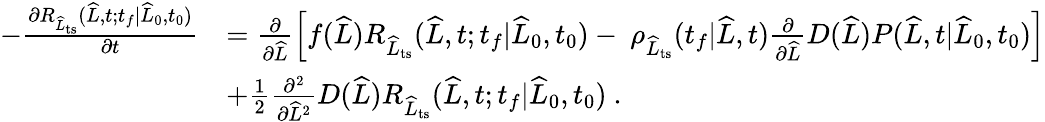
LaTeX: \begin{array}{rl}{-\frac{\partial R_{\widehat{L}_{\mathrm{ts}}}(\widehat{L},t;t_{f}|\widehat{L}_{0},t_{0})}{\partial t}}&{=\frac{\partial}{\partial\widehat{L}}\left[f(\widehat{L})R_{\widehat{L}_{\mathrm{ts}}}(\widehat{L},t;t_{f}|\widehat{L}_{0},t_{0})-\ \rho_{\widehat{L}_{\mathrm{ts}}}(t_{f}|\widehat{L},t)\frac{\partial}{\partial\widehat{L}}D(\widehat{L})P(\widehat{L},t|\widehat{L}_{0},t_{0})\right]}\\ &{+\frac{1}{2}\frac{\partial^{2}}{\partial\widehat{L}^{2}}D(\widehat{L})R_{\widehat{L}_{\mathrm{ts}}}(\widehat{L},t;t_{f}|\widehat{L}_{0},t_{0})\ .}\end{array}